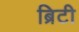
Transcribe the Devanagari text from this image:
ब्रिटी